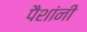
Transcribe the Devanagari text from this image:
पैशांनी